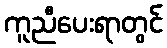
ကူညီပေးရာတွင်